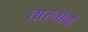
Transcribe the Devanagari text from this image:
तारनोवो